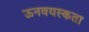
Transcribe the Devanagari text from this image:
ऊनवयस्कता